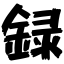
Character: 録